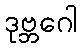
ဒုဗ္ဘဂေါ